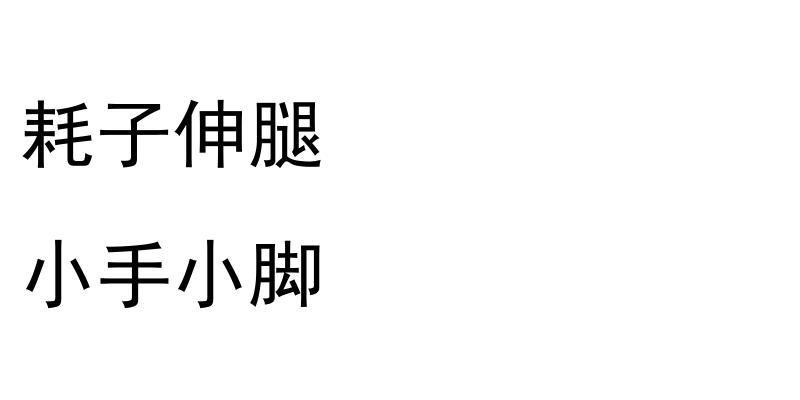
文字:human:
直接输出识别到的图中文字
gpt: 耗子伸腿 小手小脚